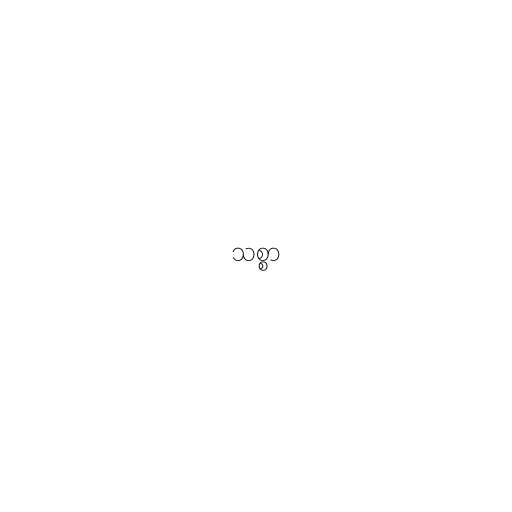
သစ္စာ